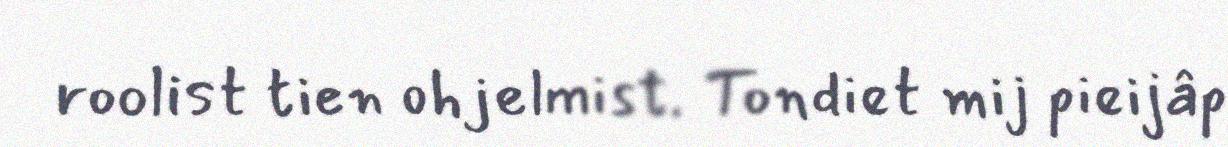
roolist tien ohjelmist. Tondiet mij pieijâp